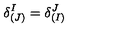
\delta _ { ( J ) } ^ { I } = \delta _ { ( I ) } ^ { J }